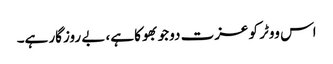
اس ووٹر کو عزت دو جو بھوکا ہے، بے روزگار ہے۔